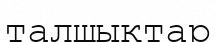
талшықтар